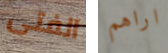
الفتى اراهم